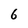
Character: 6